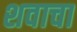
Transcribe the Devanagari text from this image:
शवाचा